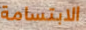
الابتسامة